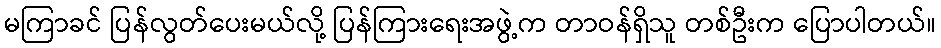
မကြာခင် ပြန်လွတ်ပေးမယ်လို့ ပြန်ကြားရေးအဖွဲ့က တာဝန်ရှိသူ တစ်ဦးက ပြောပါတယ်။